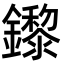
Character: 鑗